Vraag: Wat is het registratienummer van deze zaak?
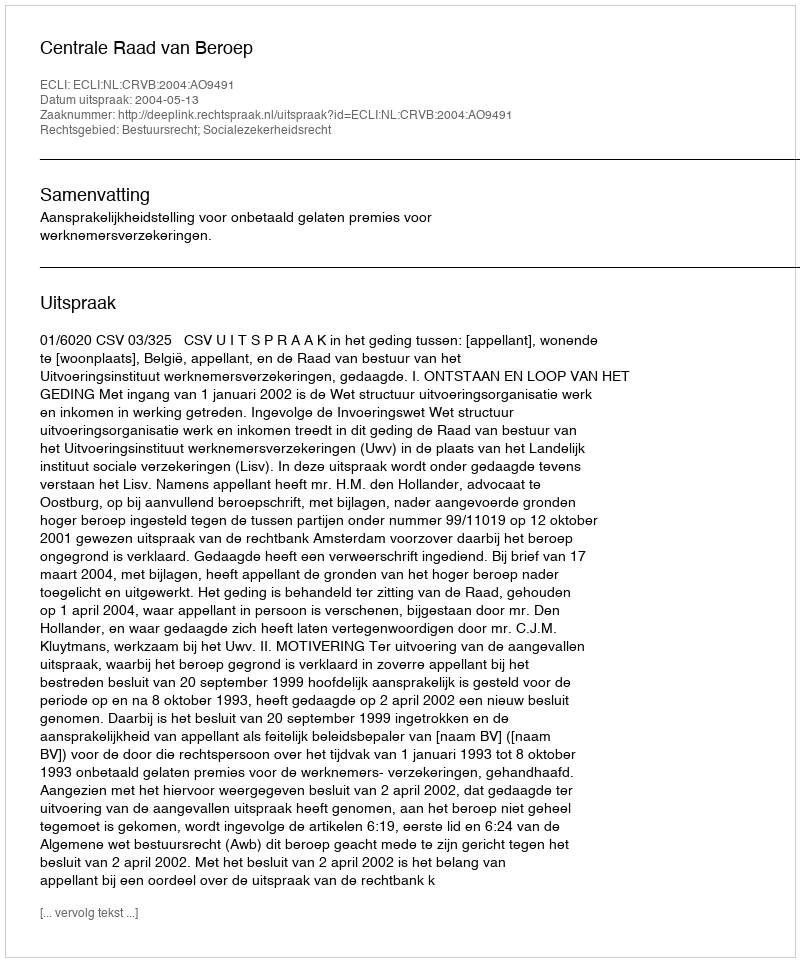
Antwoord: http://deeplink.rechtspraak.nl/uitspraak?id=ECLI:NL:CRVB:2004:AO9491